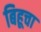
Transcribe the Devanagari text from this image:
बिहूचा